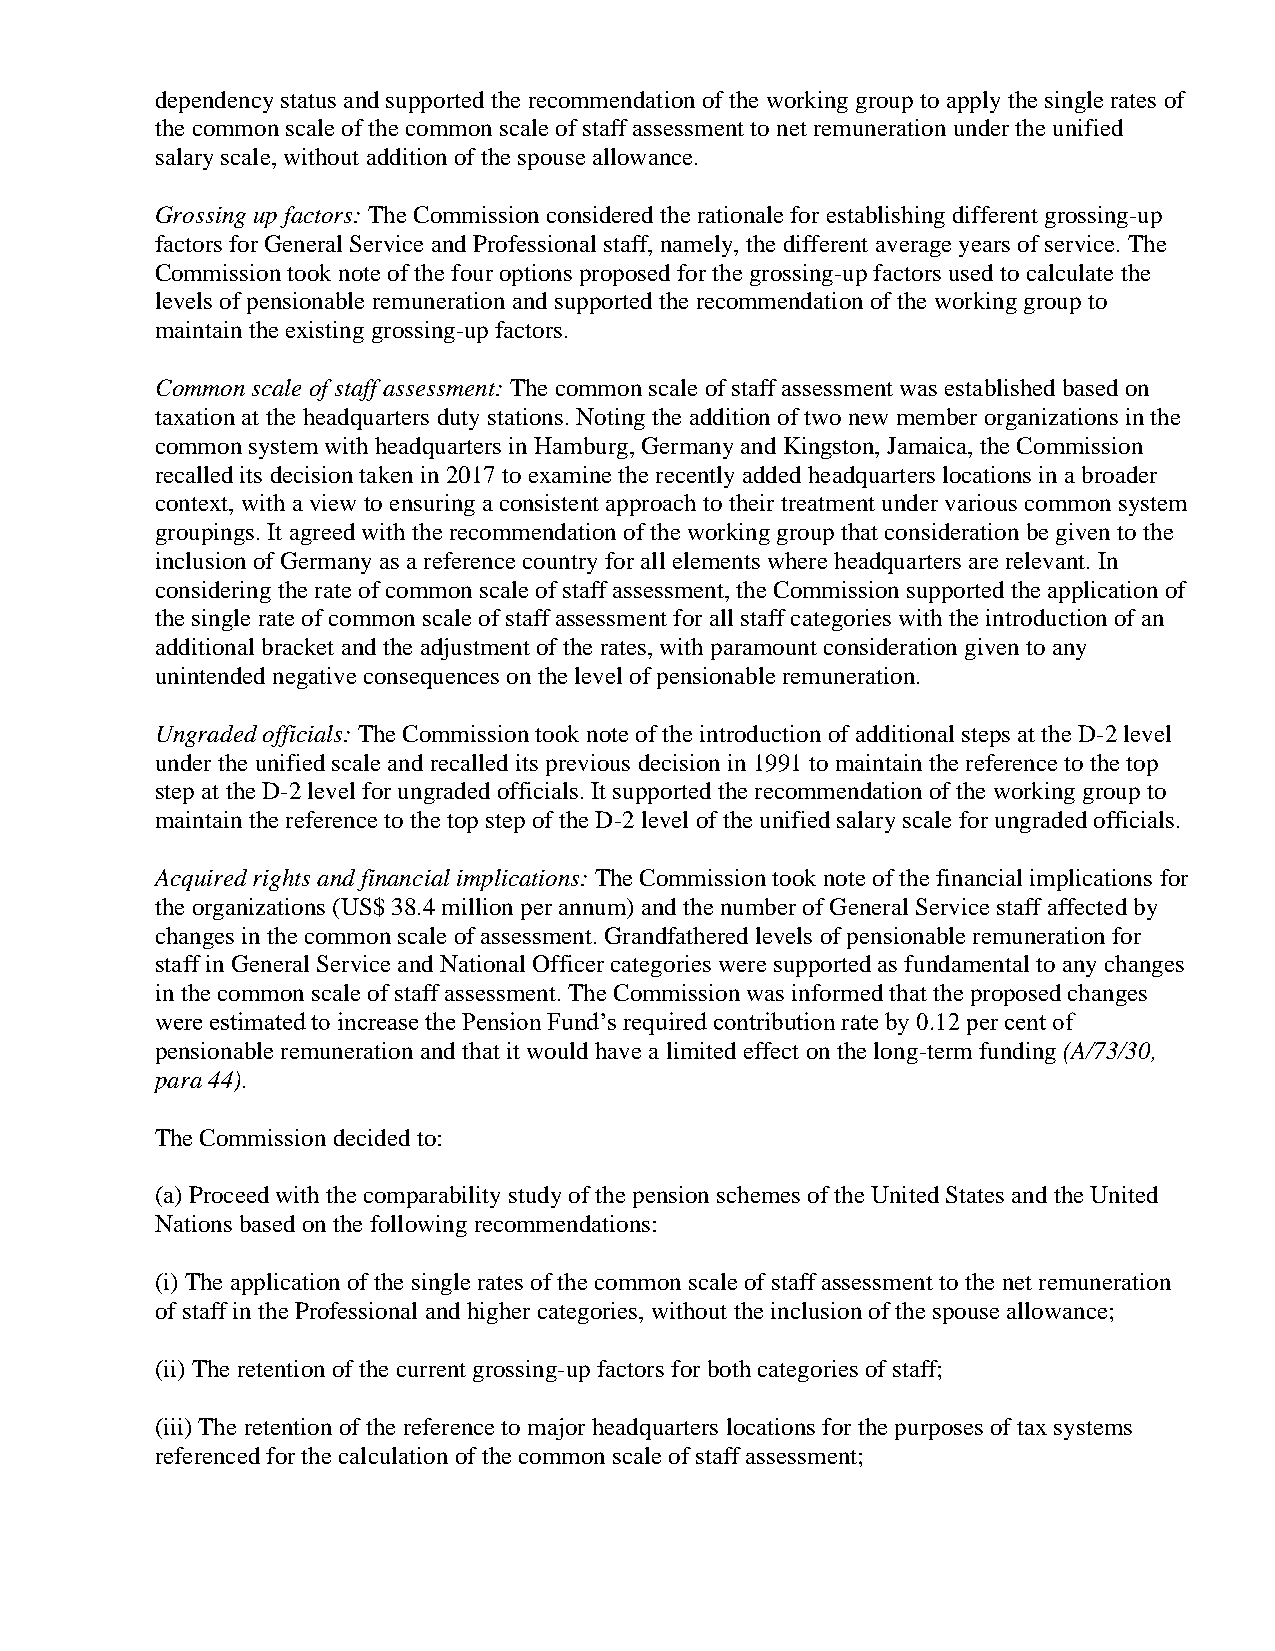
dependency status and supported the recommendation of the working group to apply the single rates of
 the common scale of the common scale of staff assessment to net remuneration under the unified
 salary scale, without addition of the spouse allowance.
 Grossing up factors: The Commission considered the rationale for establishing different grossing-up
 factors for General Service and Professional staff, namely, the different average years of service. The
 Commission took note of the four options proposed for the grossing-up factors used to calculate the
 levels of pensionable remuneration and supported the recommendation of the working group to
 maintain the existing grossing-up factors.
 Common scale of staff assessment: The common scale of staff assessment was established based on
 taxation at the headquarters duty stations. Noting the addition of two new member organizations in the
 common system with headquarters in Hamburg, Germany and Kingston, Jamaica, the Commission
 recalled its decision taken in 2017 to examine the recently added headquarters locations in a broader
 context, with a view to ensuring a consistent approach to their treatment under various common system
 groupings. It agreed with the recommendation of the working group that consideration be given to the
 inclusion of Germany as a reference country for all elements where headquarters are relevant. In
 considering the rate of common scale of staff assessment, the Commission supported the application of
 the single rate of common scale of staff assessment for all staff categories with the introduction of an
 additional bracket and the adjustment of the rates, with paramount consideration given to any
 unintended negative consequences on the level of pensionable remuneration.
 Ungraded officials: The Commission took note of the introduction of additional steps at the D-2 level
 under the unified scale and recalled its previous decision in 1991 to maintain the reference to the top
 step at the D-2 level for ungraded officials. It supported the recommendation of the working group to
 maintain the reference to the top step of the D-2 level of the unified salary scale for ungraded officials.
 Acquired rights and financial implications: The Commission took note of the financial implications for
 the organizations (US$ 38.4 million per annum) and the number of General Service staff affected by
 changes in the common scale of assessment. Grandfathered levels of pensionable remuneration for
 staff in General Service and National Officer categories were supported as fundamental to any changes
 in the common scale of staff assessment. The Commission was informed that the proposed changes
 were estimated to increase the Pension Fund’s required contribution rate by 0.12 per cent of
 pensionable remuneration and that it would have a limited effect on the long-term funding (A/73/30,
 para 44).
 The Commission decided to:
 (a) Proceed with the comparability study of the pension schemes of the United States and the United
 Nations based on the following recommendations:
 (i) The application of the single rates of the common scale of staff assessment to the net remuneration
 of staff in the Professional and higher categories, without the inclusion of the spouse allowance;
 (ii) The retention of the current grossing-up factors for both categories of staff;
 (iii) The retention of the reference to major headquarters locations for the purposes of tax systems
 referenced for the calculation of the common scale of staff assessment;